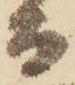
而